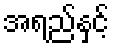
အရည်နှင့်